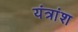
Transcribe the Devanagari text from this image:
यंत्रांश